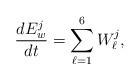
LaTeX: \begin{align*}\frac{dE^{j}_{w}}{dt}=\sum_{\ell=1}^{6}W^{j}_{\ell},\end{align*}